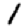
Digit: 1